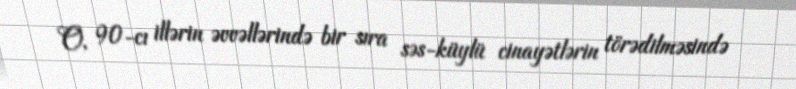
O, 90-cı illərin əvvəllərində bir sıra səs-küylü cinayətlərin törədilməsində